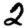
Digit: 2